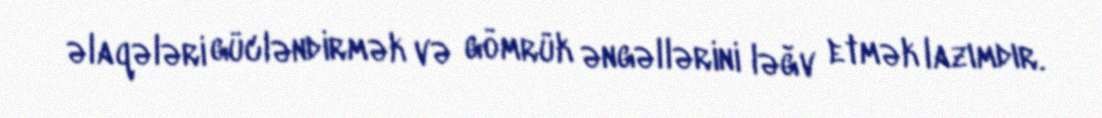
əlaqələri gücləndirmək və gömrük əngəllərini ləğv etmək lazımdır.